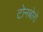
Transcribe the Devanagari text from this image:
टोनबोरो